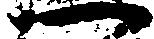
一